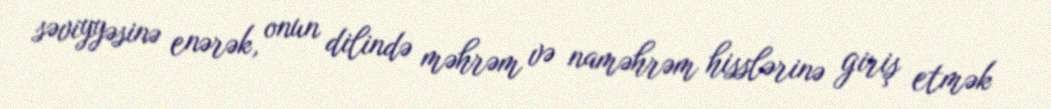
səviyyəsinə enərək, onun dilində məhrəm və naməhrəm hisslərinə giriş etmək